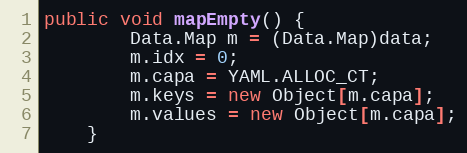
Language: Java
public void mapEmpty() {
        Data.Map m = (Data.Map)data;
        m.idx = 0;
        m.capa = YAML.ALLOC_CT;
        m.keys = new Object[m.capa];
        m.values = new Object[m.capa];
    }